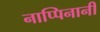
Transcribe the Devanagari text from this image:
नाप्पिनानी